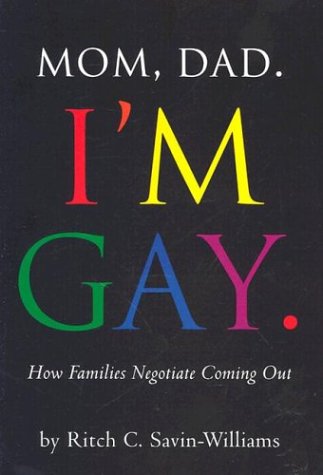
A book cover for Mom, Dad, I'm Gay: How Families Negotiate Coming Out; Ritch C. Savin-Williams; Gay & Lesbian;